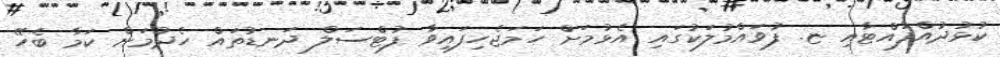
ކުޅުދުއްފުއްޓާއި ޏ. ފުވައްމުލަކުގައި އެޅުމަށް ހަމަޖެހިފައިވާ ފުޓްސަލް ދަނޑުތައް ހެދުމަށް ކަމާ ބެހޭ